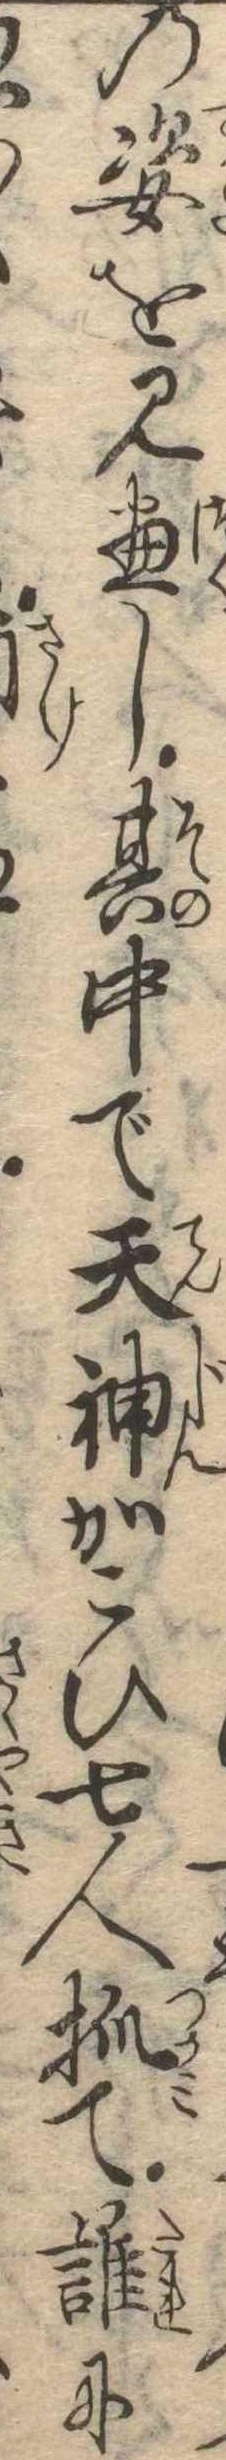
の姿を見尽し其中で天神かこひ七人抓て誰に